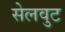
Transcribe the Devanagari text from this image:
सेलवुट